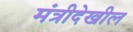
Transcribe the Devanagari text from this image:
मंत्रीदेखील